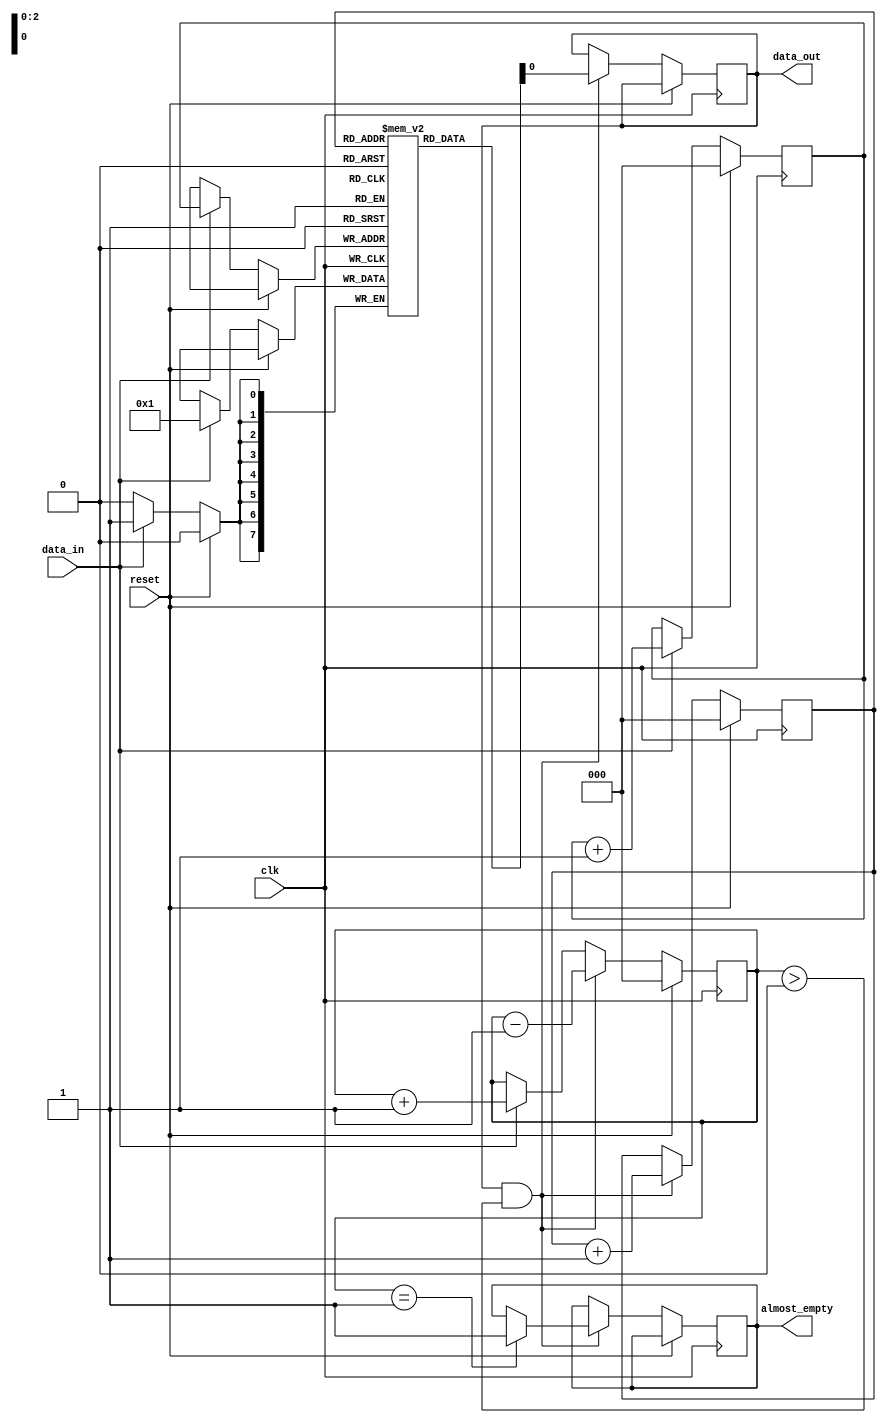
module AlmostEmptyFIFO (
    input wire clk,
    input wire reset,
    input wire data_in,
    output wire data_out,
    output wire almost_empty
);

parameter BUFFER_DEPTH = 8;

reg [7:0] fifo_buffer [0:BUFFER_DEPTH-1];
reg [2:0] write_ptr;
reg [2:0] read_ptr;
reg [2:0] count;

always @(posedge clk) begin
    if (reset) begin
        write_ptr <= 3'b000;
        read_ptr <= 3'b000;
        count <= 3'b000;
    end else begin
        if (data_in) begin
            fifo_buffer[write_ptr] <= data_in;
            write_ptr <= write_ptr + 1;
            count <= count + 1;
        end

        if (data_out && count > 0) begin
            data_out <= fifo_buffer[read_ptr];
            read_ptr <= read_ptr + 1;
            count <= count - 1;

            if (count == 1) begin
                almost_empty <= 1;
            end
        end
    end
end

endmodule